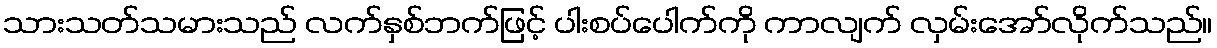
သားသတ်သမားသည် လက်နှစ်ဘက်ဖြင့် ပါးစပ်ပေါက်ကို ကာလျက် လှမ်းအော်လိုက်သည်။